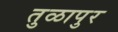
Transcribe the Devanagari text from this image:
तुळापुर